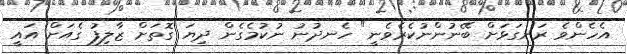
އެހެންވެ ރަނގަޅަށް ބޭނުންނުކެރެވެނީ" ހެނދުނު ނުކުމެގެން ދިޔަ ގޮތަށް ޒާލިފު ގެއަށް އައީ